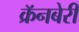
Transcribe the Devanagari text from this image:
क्रॅनबेरी